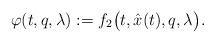
LaTeX: \begin{align*}\varphi(t,q,\lambda):=f_2\big(t, \hat x(t), q, \lambda\big).\end{align*}